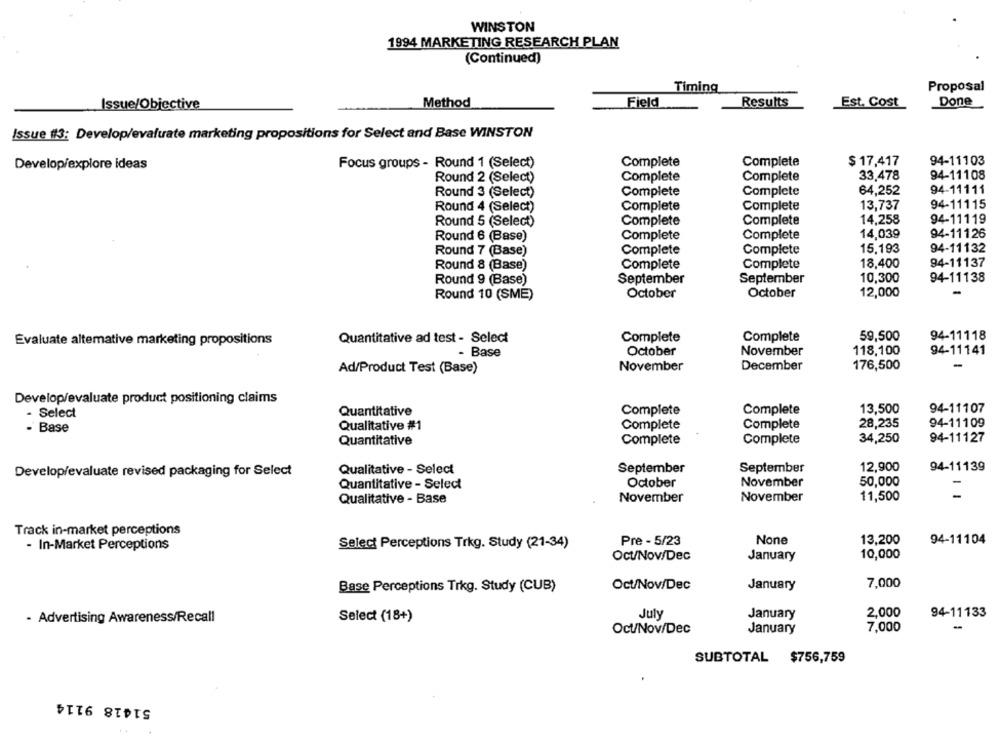
WINSTON
1994 MARKETING RESEARCH PLAN
(Continued)
Timing
Proposal
Method
Field
Results
Done
Issue/Objective
Est. Cost
Issue #3: Develop/evaluate marketing propositions for Select and Base WINSTON
Focus groups - Round 1 (Select)
Complete
Complete
$ 17,417
94-11103
Develop/explore ideas
Round 2 (Select)
Complete
Complete
33,478
94-11108
Round 3 (Select)
Complete
Complete
64,252
94-11111
Round 4 (Select)
Complete
Complete
13,737
94-11115
Round 5 (Select)
Complete
Complete
14,258
94-11119
Round 6 (Base)
Complete
Complete
14,039
94-11126
Round 7 (Base)
Complete
Complete
15.193
94-11132
Round 8 (Base)
Complete
Complete
18,400
94-11137
Round 9 (Base)
September
September
10,300
94-11138
Round 10 (SME)
October
October
12,000
Evaluate altemative marketing propositions
Quantitative ad test - Select
Complete
Complete
59,500
94-11118
- Base
October
November
118,100
94-11141
Ad/Product Test (Base)
November
December
176,500
-
Develop/evaluate product positioning claims
94-11107
- Select
Quantitative
Complete
Complete
13,500
28,235
94-11109
- Base
Qualitative #1
Complete
Complete
94-11127
Quantitative
Complete
Complete
34,250
12,900
94-11139
Develop/evaluate revised packaging for Select
Qualitative - Select
September
September
November
50,000
Quantitative - Select
October
November
11,500
=
Qualitative - Base
November
Track in-market perceptions
Pre - 5/23
13,200
94-11104
- In-Market Perceptions
Select Perceptions Trkg. Study (21-34)
OCU/Nov/Dec
January
10,000
Oct/Nov/Dec
January
7,000
Base Perceptions Trkg. Study (CUB)
July
January
2,000
94-11133
- Advertising Awareness/Recall
Select (18+)
Oct/Nov/Dec
January
7,000
-
SUBTOTAL $756,759
51418 9114